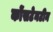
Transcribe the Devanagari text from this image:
कोंसटेनटीन